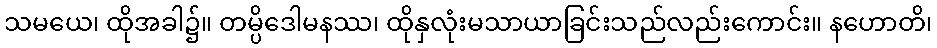
သမယေ၊ ထိုအခါ၌။ တမ္ပိဒေါမနဿ၊ ထိုနှလုံးမသာယာခြင်းသည်လည်းကောင်း။ နဟောတိ၊